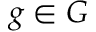
g \in G